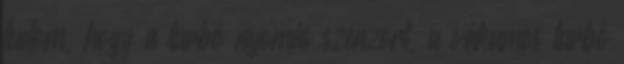
tudom, hogy a turbó nyomás szenzort, a vákumos turbó